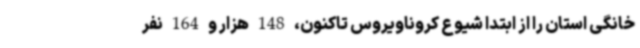
خانگی استان را از ابتدا شیوع کروناویروس تاکنون، 148 هزار و 164 نفر